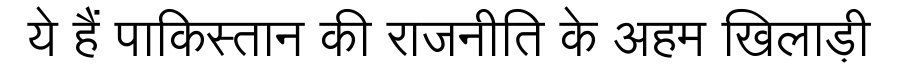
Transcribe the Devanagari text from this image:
ये हैं पाकिस्तान की राजनीति के अहम खिलाड़ी